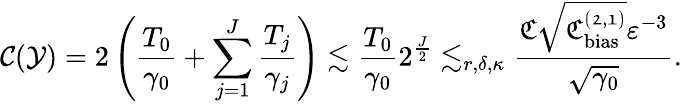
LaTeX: {\cal C}({\cal Y})=2\left(\frac{T_{0}}{\gamma_{0}}+\sum_{j=1}^{J}\frac{T_{j}}{\gamma_{j}}\right)\lesssim\frac{T_{0}}{\gamma_{0}}2^{\frac{J}{2}}\lesssim_{r,\delta,\kappa}\frac{\mathfrak{C}\sqrt{\mathfrak{C_{\mathrm{bias}}^{(2,1)}}}\varepsilon^{-3}}{\sqrt{\gamma_{0}}}.